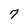
Character: 7